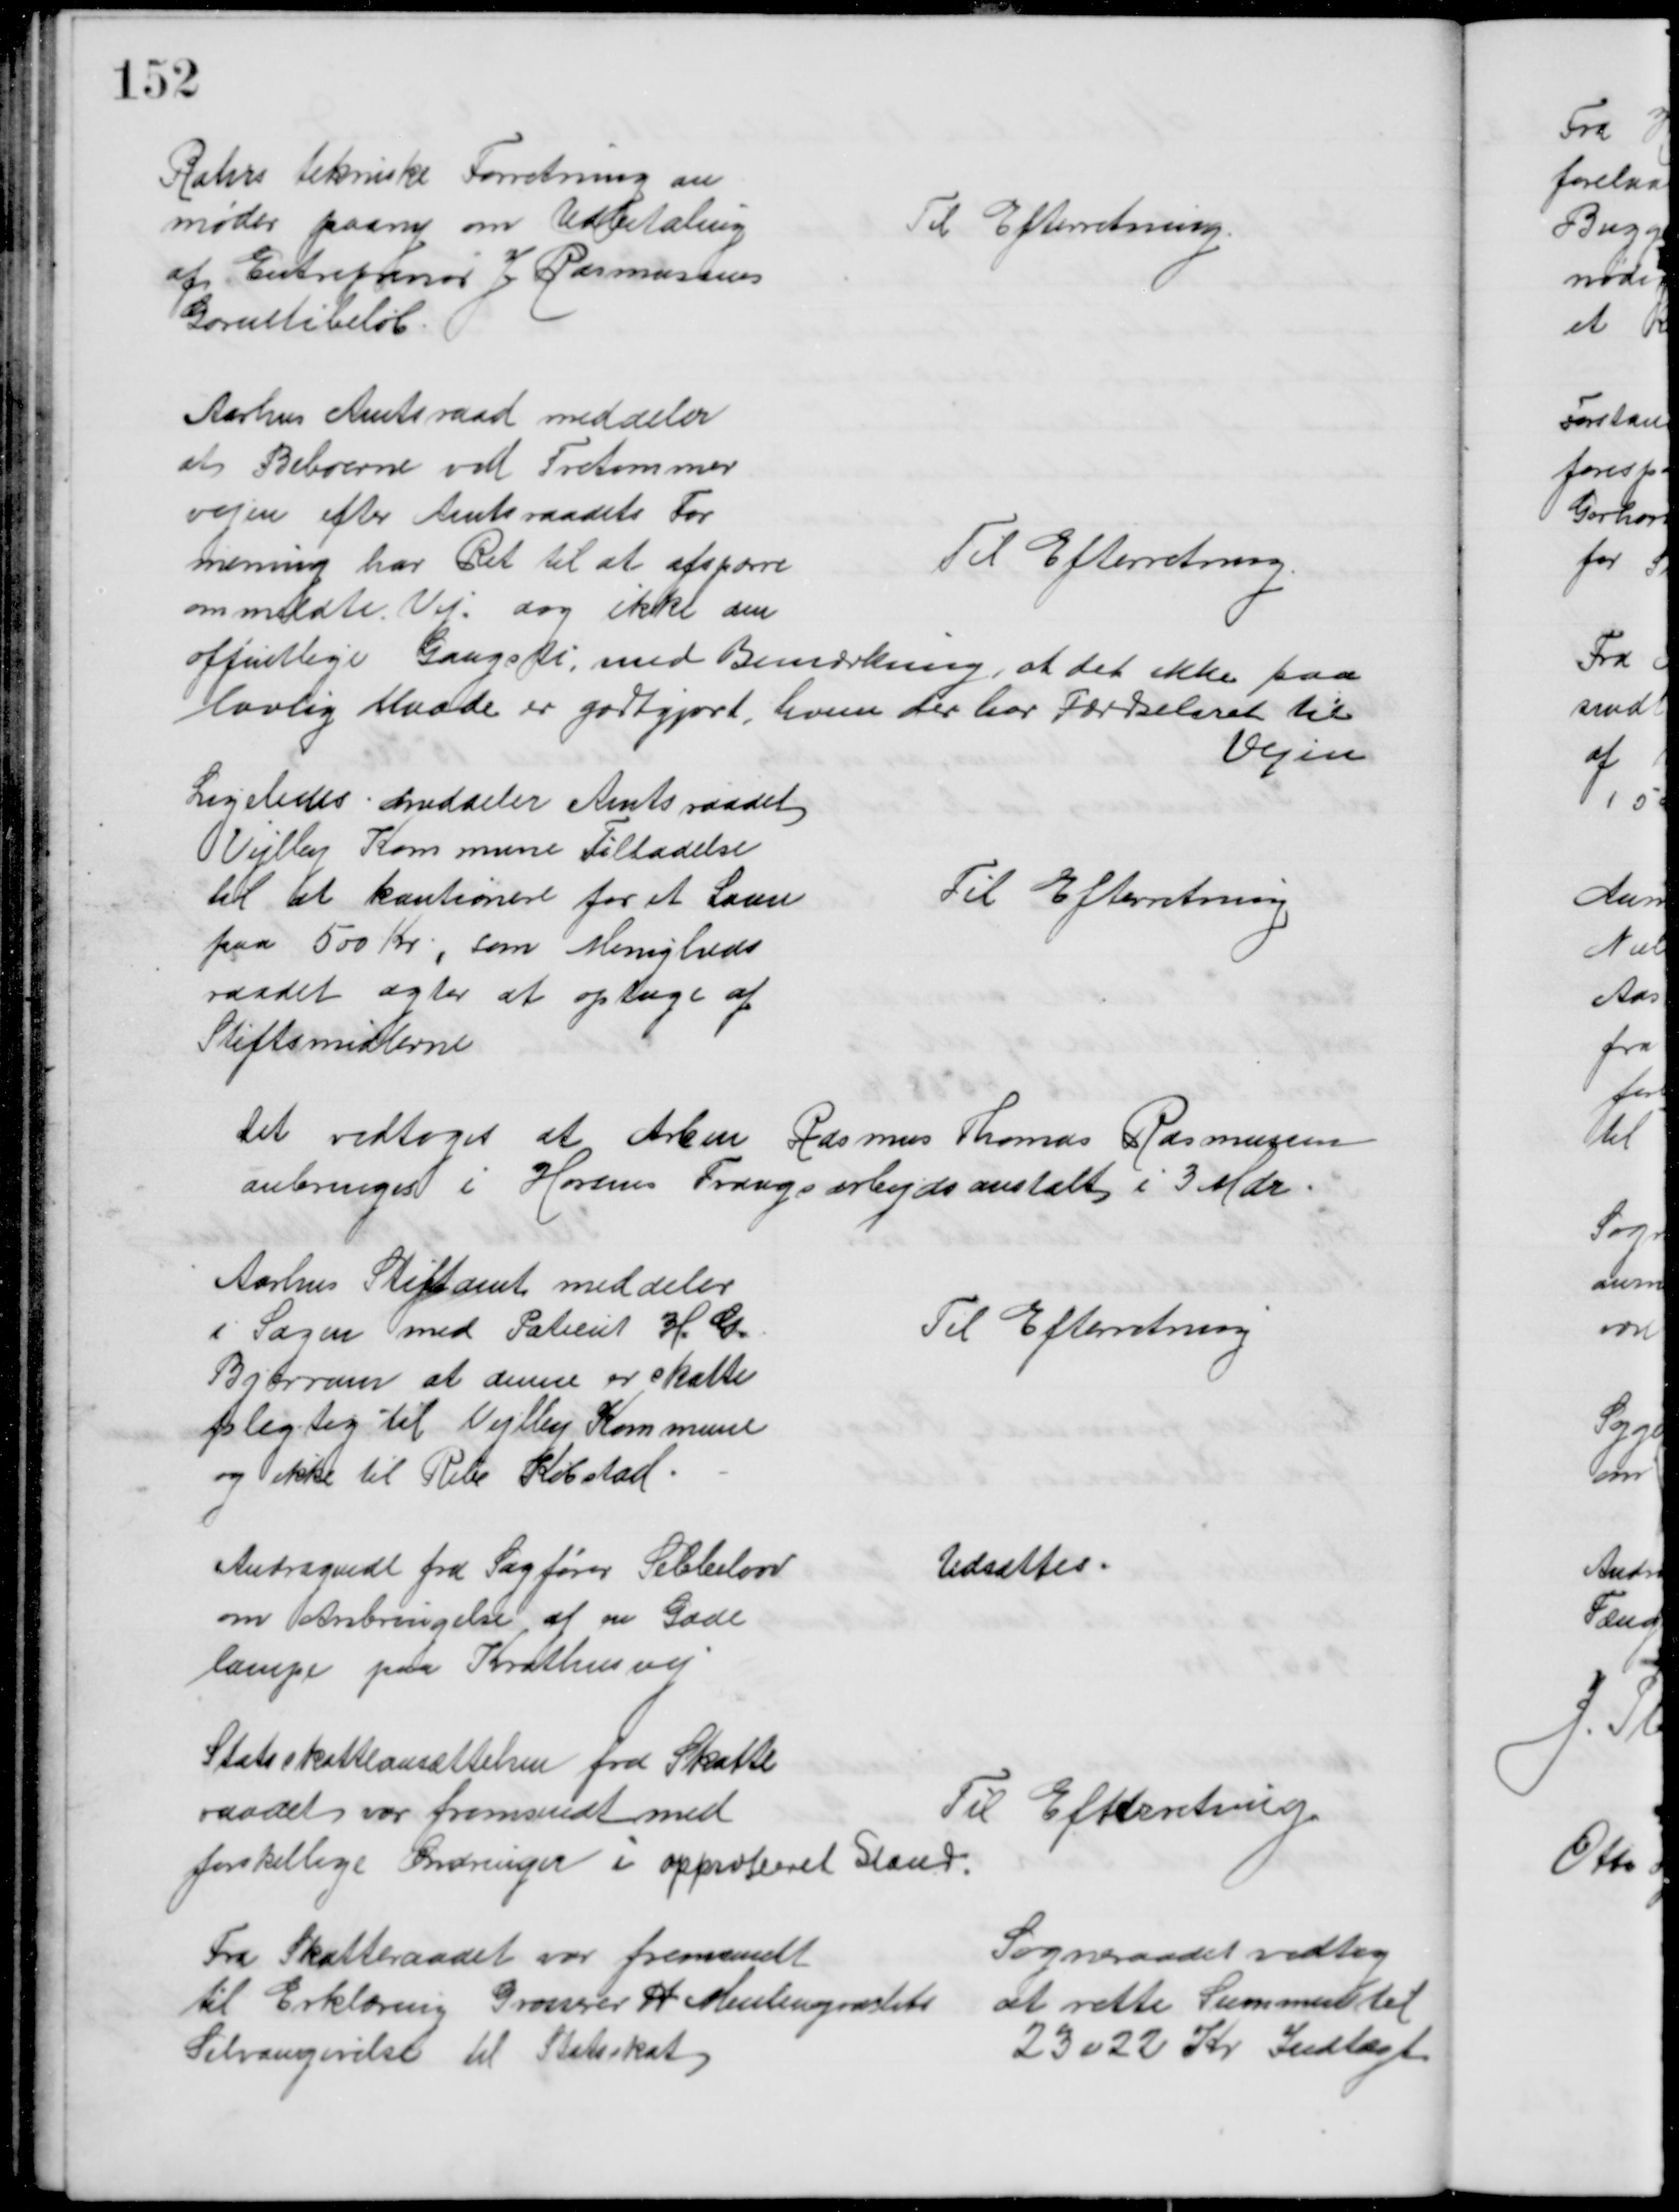
Transskription:
Rahrs tekniske Forretning an
moder paany om Udbetaling
af Entreprenør J. Rasmussens
Garentibeløb.
Til Efterretning.
Aarhus Amtsraad meddeler
at Beboerne ved Tretommer
vejen efter Amtsraadets For
mening har Ret til at afspærre
ommeldte Vej, dog ikke den
offentlige Gangsti, med Bemærkning, at det ikke paa
lovlig Maade er godtgjort, hvem der har Færdselsret til 
Vejen
Til Efterretning.
Ligeledes meddeler Amtsraadet
Vejlby Kommune Tilladelse
til at kautionere for et Laan
paa 500 Kr., som Menigheds
raadet agter at optage af
Stiftsmidlerne
Til Efterretning
Det vedtoges at Arbm Rasmus Thomas Rasmussen
anbringes i Horsens Tvangsarbejdsanstalt i 3 Mdr.
Aarhus Stiftamt meddeler
i Sagen med Patient H. G.
Bjerrum at denne er skatte
pligtig til Vejlby Kommune
og ikke til Ribe Købstad
Til Efterretning
Andragende fra Sagfører Sebbelow
om Anbringelse af en Gade
lampe paa Krathusvej
Udsattes
Statsskatteansættelsen fra Skatte
raadet var fremsendt med 
forskellige Ændringer i approberet Stand.
Til Efterretning.
Fra Skatteraadet var fremsendt
til Erklæring Grosserer H. Meulengrachts
Selvangivelse til Statsskat
Sogneraadet vedtog
at rette Summen til
23022 Kr Indtægt